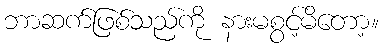
ဘာဆက်ဖြစ်သည်ကို နားမစွင့်မိတော့။